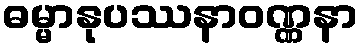
ဓမ္မာနုပဿနာဝဏ္ဏနာ